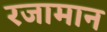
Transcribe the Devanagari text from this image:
रजामान